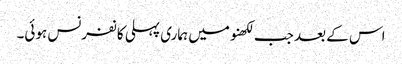
اس کے بعد جب لکھنومیں ہماری پہلی کانفرنس ہوئی۔